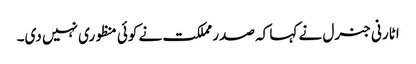
اٹارنی جنرل نے کہا کہ صدر مملکت نے کوئی منظوری نہیں دی۔